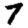
Digit: 7